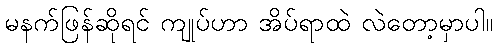
မနက်ဖြန်ဆိုရင် ကျုပ်ဟာ အိပ်ရာထဲ လဲတော့မှာပါ။